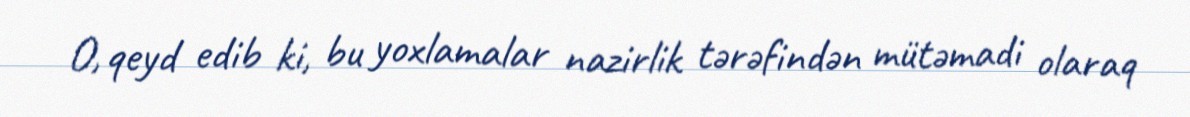
O, qeyd edib ki, bu yoxlamalar nazirlik tərəfindən mütəmadi olaraq